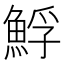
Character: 䱐